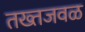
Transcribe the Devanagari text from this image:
तख्तजवळ